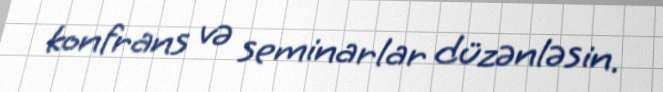
konfrans və seminarlar düzənləsin.